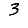
Digit: 3